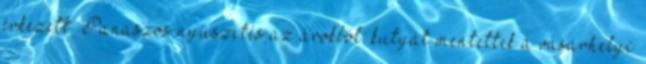
érkezett. Panaszos nyüszítés az árokból: kutyát mentettek a vásárhelyi